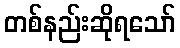
တစ်နည်းဆိုရသော်